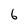
Character: 6